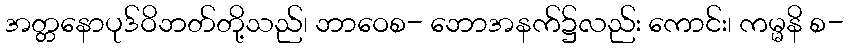
အတ္တနောပုဒ်ဝိဘတ်တို့သည်၊ ဘာဝေစ- ဘောအနက်၌လည်း ကောင်း၊ ကမ္မနိ စ-